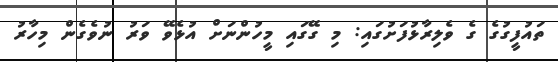
ތައުފީގުގެ ގެ ވެލިރާޅުފަށުގައި: މި ގޭގައި މީހުންނަށް އުޅެވޭ ވަރު ނުވެގެން މިހާރު